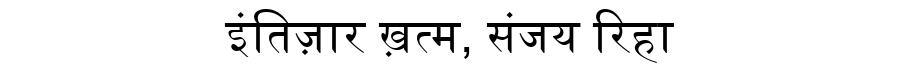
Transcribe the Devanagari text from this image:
इंतिज़ार ख़त्म, संजय रिहा